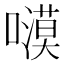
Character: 𭋫